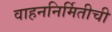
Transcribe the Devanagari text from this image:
वाहननिर्मितीची